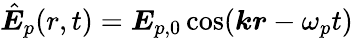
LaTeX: \hat{\boldsymbol E}_{p}(r,t)=\boldsymbol E_{p,0}\cos(\boldsymbol k\boldsymbol r-\omega_{p}t)